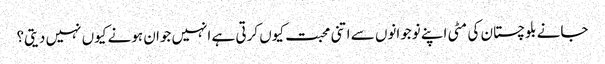
جانے بلوچستان کی مٹی اپنے نوجوانوں سے اتنی محبت کیوں کرتی ہے انہیں جوان ہونے کیوں نہیں دیتی؟